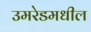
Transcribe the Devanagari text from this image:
उमरेडमधील